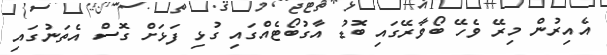
އެއިރުން މިރޭ ވެހޭ ބޯވާރޭގައި ބޮޑު އާގުބޯޓެއްގައި ގުޅި ފަޅަށް ގޮސް އެތަނުގައި